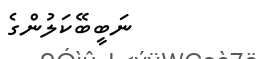
ނަބީބޭކަލުންގެ